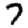
Digit: 7